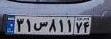
۳۱س۸۱۱۷۴